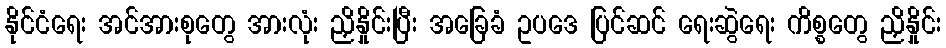
နိုင်ငံရေး အင်အားစုတွေ အားလုံး ညှိနှိုင်းပြီး အခြေခံ ဥပဒေ ပြင်ဆင် ရေးဆွဲရေး ကိစ္စတွေ ညှိနှိုင်း